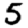
Digit: 5